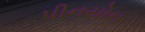
પીનયોન